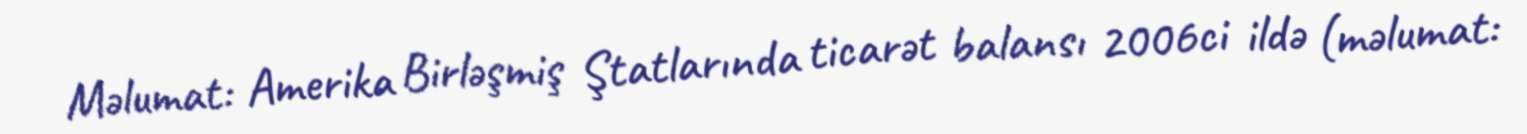
Məlumat: Amerika Birləşmiş Ştatlarında ticarət balansı 2006ci ildə (məlumat: